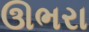
ઊભરા